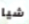
شيا